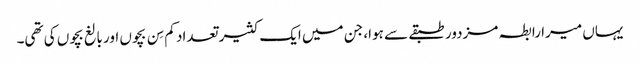
یہاں میرا رابطہ مزدور طبقے سے ہوا، جن میں ایک کثیر تعداد کم سِن بچوں اور بالغ بچوں کی تھی۔